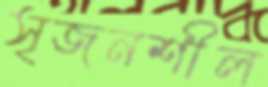
সৃজনশীল